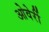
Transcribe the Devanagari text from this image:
ओवेर्री